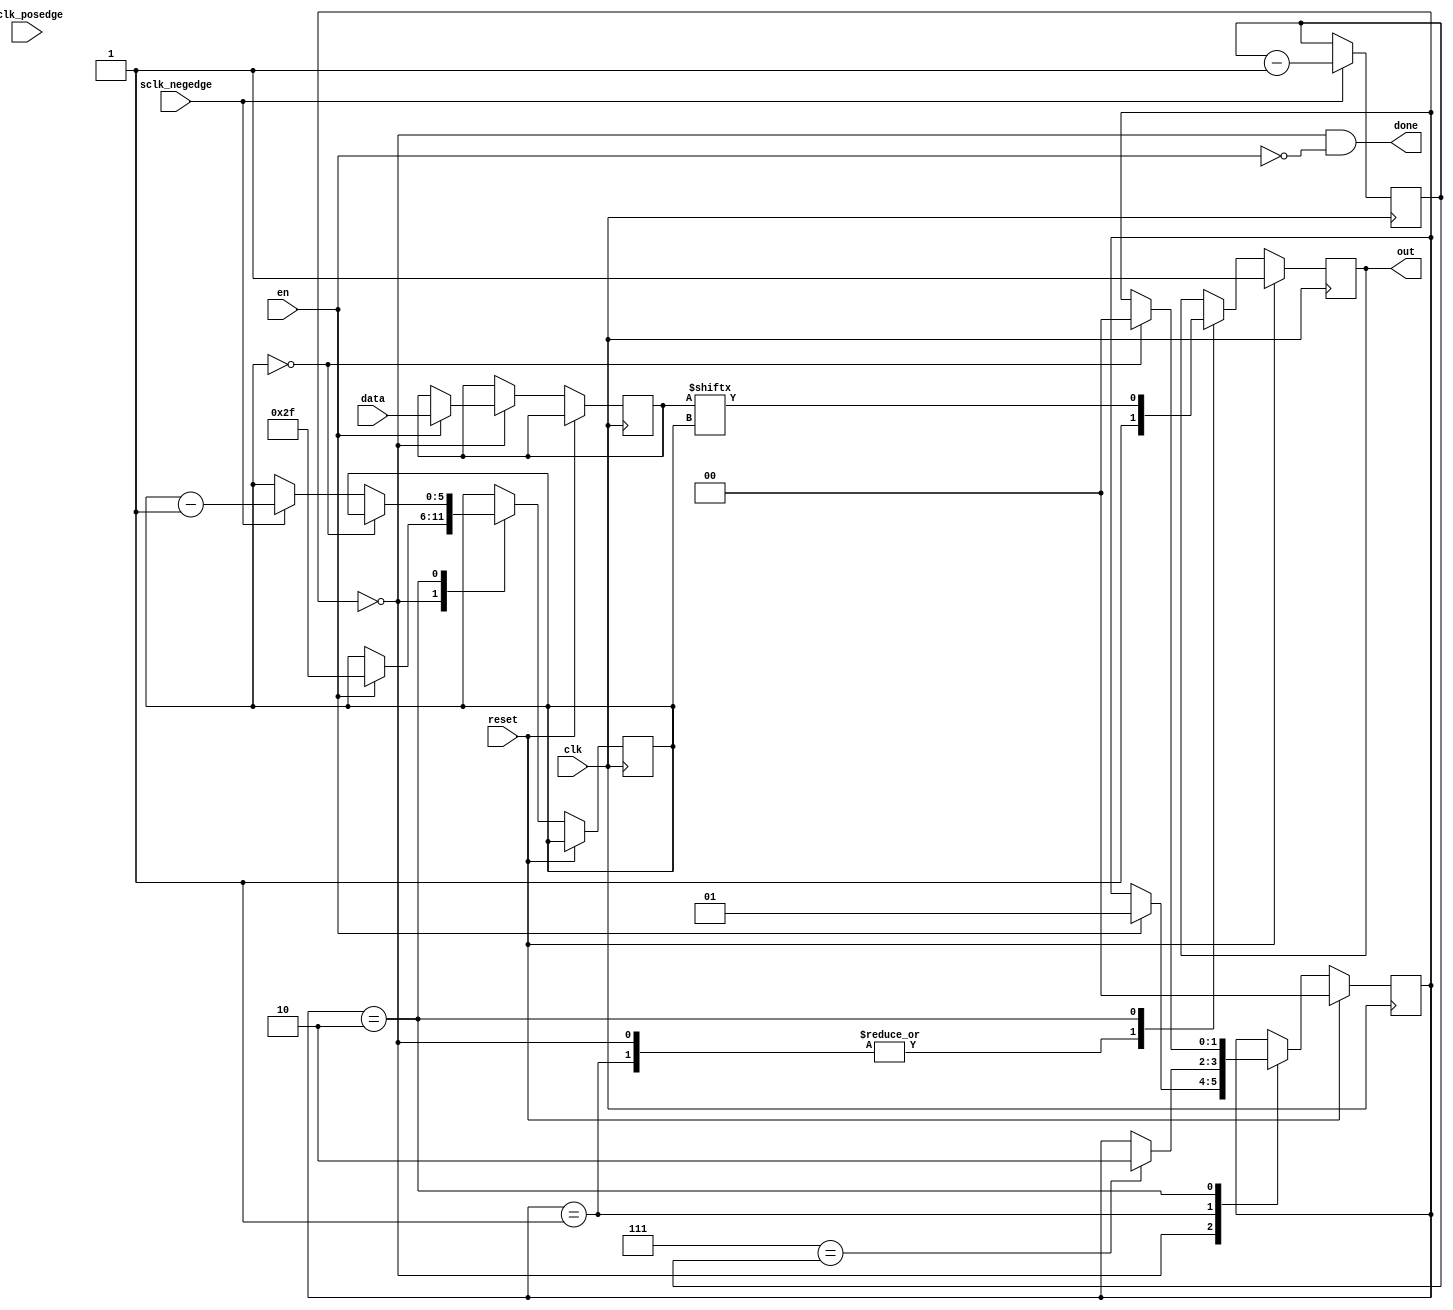
module spi_sender
  (
   input                  clk,
   input                  sclk_posedge,
   input                  sclk_negedge,
   input                  reset,
   input                  en,
   input [DATA_BITS-1:0]  data,
   output reg             out,
   output                 done
   );

   parameter DATA_BITS = 48;

   // Keep track of which bit we are on, so that we always
   // start at bit 7 for synchonous byte-oriented communication
   reg [2:0] bit_counter = 7;
   always @ (posedge clk) begin
      if (sclk_negedge) begin
         bit_counter <= bit_counter - 1;
      end
   end

   // State machine logic
   localparam STATE_IDLE    = 0;
   localparam STATE_SYNC    = 1;
   localparam STATE_ENABLED = 2;
   reg [1:0]                   state = STATE_IDLE;
   reg [$clog2(DATA_BITS)-1:0] out_index = DATA_BITS - 1;
   reg [DATA_BITS-1:0]         saved_data = 0;
   assign done = (STATE_IDLE == state) && !en;
   always @ (posedge clk) begin
      if (reset) begin
         state <= STATE_IDLE;
         out = 1;
      end else begin
         case (state)
            // Wait here until we get the enabled signal
            STATE_IDLE: begin
               out = 1;
               if (en) begin
                  state <= STATE_SYNC;
                  out_index <= DATA_BITS - 1;
                  saved_data <= data;
               end
            end
            // Wait until we are sending the MSB of the next byte
            STATE_SYNC: begin
               out = 1;
               if (7 == bit_counter) begin
                  state <= STATE_ENABLED;
               end
            end
            // Serialize bits onto the output wire, shifting to the
            // next one on the falling clock edge
            STATE_ENABLED: begin
               out = saved_data[out_index];
               if (out_index == 0) begin
                  state <= STATE_IDLE;
               end else if (sclk_negedge) begin
                  out_index <= out_index - 1'b1;
               end
            end
         endcase
      end
   end

endmodule